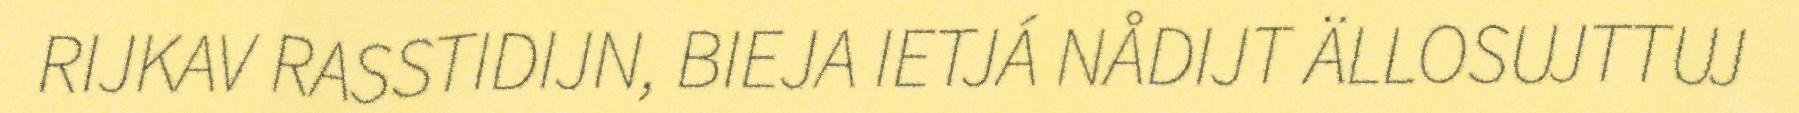
RIJKAV RASSTIDIJN, BIEJA IETJÁ NÅDIJT ÄLLOSUJTTUJ